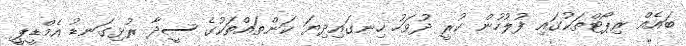
ބައެއް ރިޕޯޓްތަކުގައި ފުލުހުން ކުރީ ދުވަހު ހިނގައިދިޔަ ކަންތައްތަކުގެ ސީދާ ރުޅިގަނޑު އެމްޑީޕީ